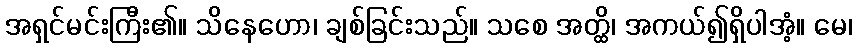
အရှင်မင်းကြီး၏။ သိနေဟော၊ ချစ်ခြင်းသည်။ သစေ အတ္ထိ၊ အကယ်၍ရှိပါအံ့။ မေ၊